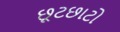
છૂટછાટો